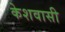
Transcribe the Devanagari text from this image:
केशवासी